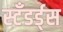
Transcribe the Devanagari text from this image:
स्टँडर्ड्‌स